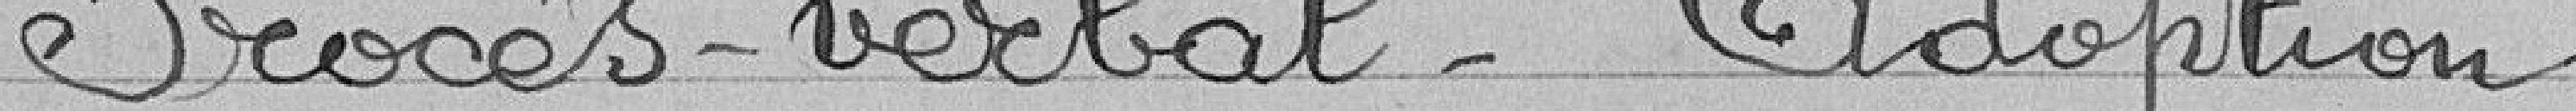
Procès-verbal - Adoption